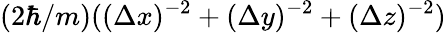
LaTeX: (2\hbar/m)((\Delta x)^{-2}+(\Delta y)^{-2}+(\Delta z)^{-2})